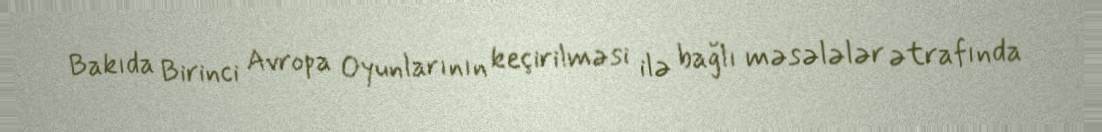
Bakıda Birinci Avropa Oyunlarının keçirilməsi ilə bağlı məsələlər ətrafında